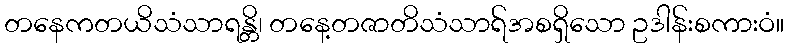
တနေကတယိသံသာရန္တိ၊ တနေ့တဇာတိသံသာရ်အစရှိသော ဥဒါန်းစကားဝံ။